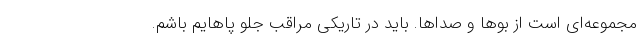
مجموعه‌ای است از بوها و صداها. باید در تاریکی مراقب جلوِ پاهایم باشم.